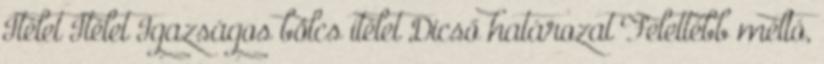
Ítélet Ítélet Igazságos bölcs ítélet Dicső határozat Felettébb méltó,